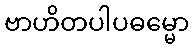
ဗာဟိတပါပဓမ္မော